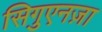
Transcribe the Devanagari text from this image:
सिगुएनज़ा